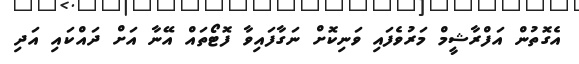
އެގޮތުން އަފްރާޝީމް މަރުވެފައި ވަނިކޮށް ނަގާފައިވާ ފޮޓޯތައް އޭނާ އަށް ދައްކައި އަދި